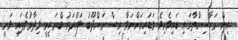
އިން މަހާސިންތާގައި ބައިވެރިވެ ވަޑައިގަންނަވާ އިސް މަންދޫބު ލަހްދަރު ބްރަހީމީ ވިދާޅުވެފައި ވަނީ